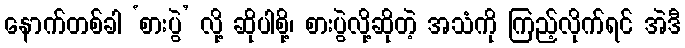
နောက်တစ်ခါ ‘စားပွဲ’ လို့ ဆိုပါစို့၊ စားပွဲလို့ဆိုတဲ့ အသံကို ကြည့်လိုက်ရင် အဲဒီ